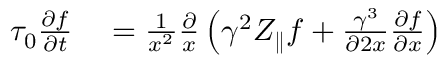
\begin{array} { r l } { \tau _ { 0 } \frac { \partial f } { \partial t } } & { { } = \frac { 1 } { x ^ { 2 } } \frac { \partial } { x } \left( \gamma ^ { 2 } Z _ { \parallel } f + \frac { \gamma ^ { 3 } } { \partial 2 x } \frac { \partial f } { \partial x } \right) } \end{array}